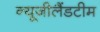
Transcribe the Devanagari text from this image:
न्यूजीलैंडटीम